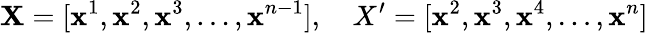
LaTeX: \mathbf{X}=[\mathbf{x}^{1},\mathbf{x}^{2},\mathbf{x}^{3},\dots,\mathbf{x}^{n-1}],\ \ \ \ X^{\prime}=[\mathbf{x}^{2},\mathbf{x}^{3},\mathbf{x}^{4},\dots,\mathbf{x}^{n}]